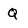
Character: Q